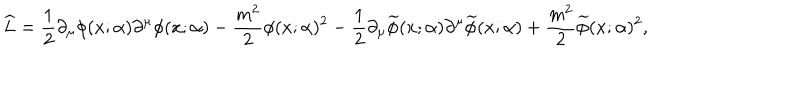
LaTeX: \widehat { L } = \frac { 1 } { 2 } \partial _ { \mu } \phi ( x ; \alpha ) \partial ^ { \mu } \phi ( x ; \alpha ) - \frac { m ^ { 2 } } { 2 } \phi ( x ; \alpha ) ^ { 2 } - \frac { 1 } { 2 } \partial _ { \mu } \widetilde { \phi } ( x ; \alpha ) \partial ^ { \mu } \widetilde { \phi } ( x ; \alpha ) + \frac { m ^ { 2 } } { 2 } \widetilde { \phi } ( x ; \alpha ) ^ { 2 } ,